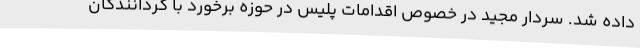
داده شد. سردار مجید در خصوص اقدامات پلیس در حوزه برخورد با گردانندگان